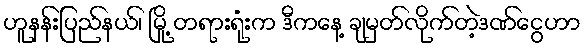
ဟူနန်းပြည်နယ်၊ မြို့ တရားရုံးက ဒီကနေ့ ချမှတ်လိုက်တဲ့ဒဏ်ငွေဟာ